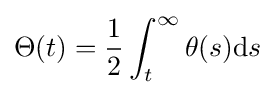
\Theta (t)={\frac {1}{2}}\int _{t}^{\infty }\theta (s)\mathrm {d} s